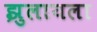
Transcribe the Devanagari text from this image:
झुलायला